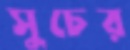
সুচের